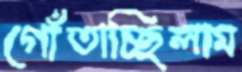
গোঁতাচ্ছিলাম